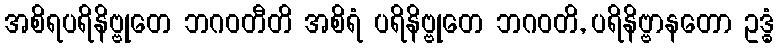
အစိရပရိနိဗ္ဗုတေ ဘဂဝတီတိ အစိရံ ပရိနိဗ္ဗုတေ ဘဂဝတိ, ပရိနိဗ္ဗာနတော ဥဒ္ဓံ